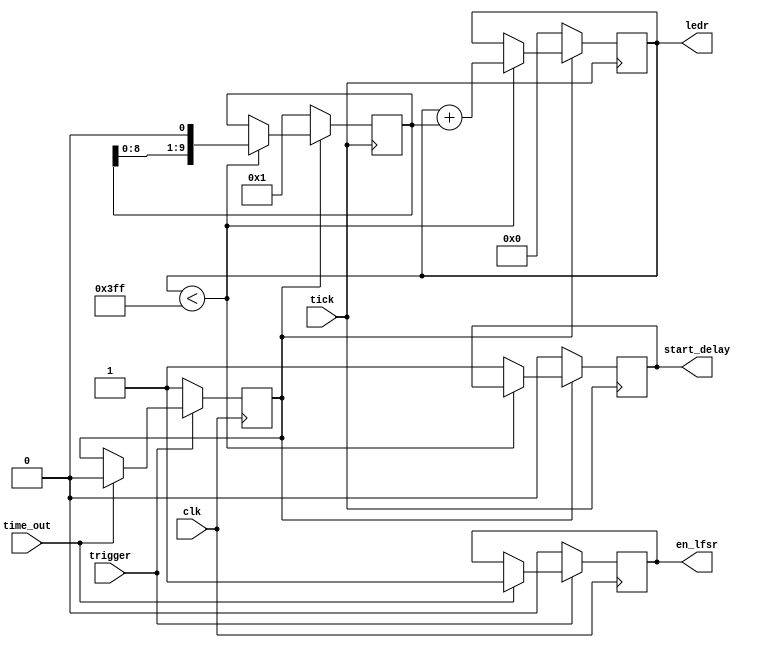
module fsm(
	clk,
	tick,
	trigger,
	time_out,
	en_lfsr,
	start_delay,
	ledr
);

	input clk;
	input tick;
	input trigger;
	input time_out;

	output en_lfsr;
	output start_delay;
	output [9:0] ledr;

	reg [9:0] counter; // A one hot counter

	reg en_lfsr;
	reg start_delay;
	reg [9:0] ledr;

	reg running;
	
	initial en_lfsr = 1'b1;
	initial start_delay = 1'b0;
	initial counter = 10'b1;
	initial ledr = 10'b0;
	initial running = 1'b0;
//	always @ (posedge ~trigger)
//		begin
//
//		end
		
	always @ (posedge tick)
		if (running) begin
			if (ledr < 10'd1023) begin
				ledr = ledr + counter;
				counter = counter << 1;
			end
			else begin
				start_delay = 1'b1;
			end
		end
		else begin	
			ledr <= 10'b0;
			counter <= 10'b1;
			start_delay <= 1'b0;
		end
		
	always @ (posedge clk)
		if (~trigger) begin
			running <= 1'b1;
			en_lfsr <= 1'b0;
		end
		else if (time_out) begin
			running <= 1'b0;
			en_lfsr <= 1'b1;
		end
		
endmodule